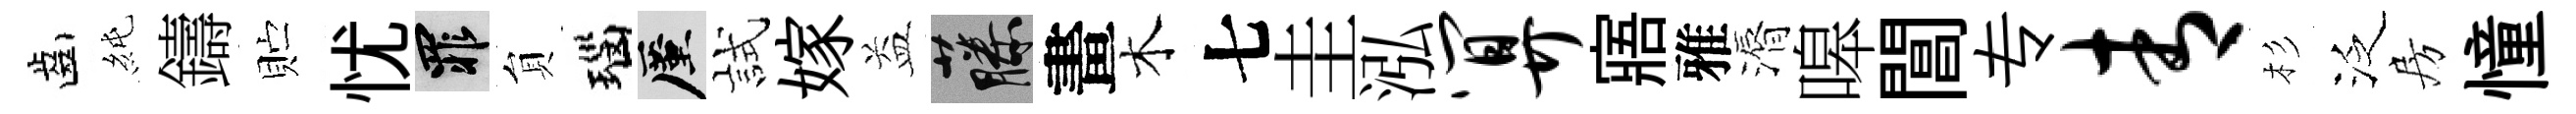
齒純鑄贮忧罪貟瑙厪試嫁益藤畫木七圭泓算寤雅漘嗥閶专青杉泛房憧